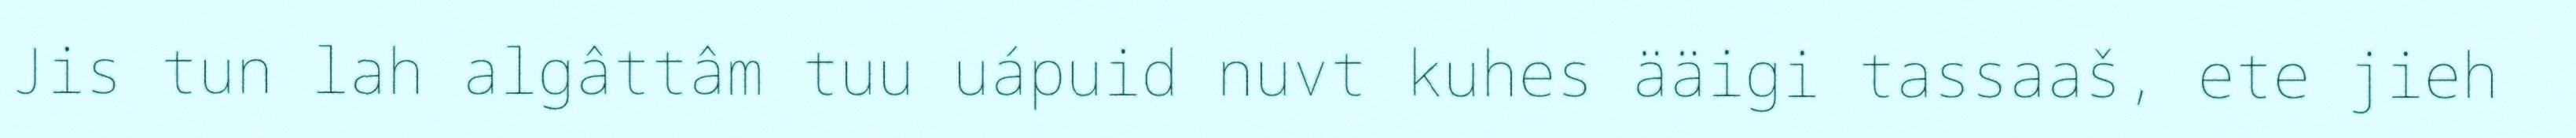
Jis tun lah algâttâm tuu uápuid nuvt kuhes ääigi tassaaš, ete jieh